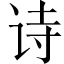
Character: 诗